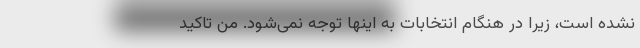
نشده است، زیرا در هنگام انتخابات به اینها توجه نمی‌شود. من تاکید